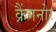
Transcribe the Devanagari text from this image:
क्रैंगनोर